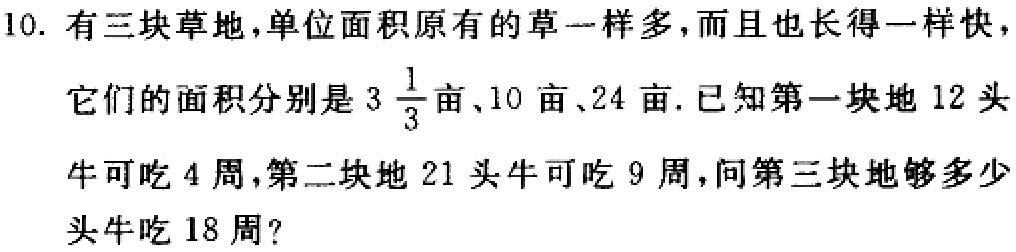
10. 有三块草地，单位面积原有的草一样多，而且也长得一样快，它们的面积分别是\(3\frac{1}{3}\)亩、10亩、24亩. 已知第一块地12头牛可吃4周，第二块地21头牛可吃9周，问第三块地够多少头牛吃18周？